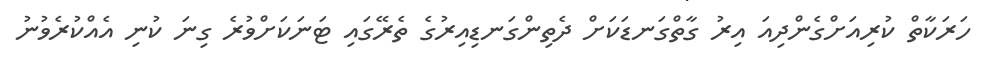
ހަރަކާތް ކުރިއަށްގެންދިއަ އިރު ގާތްގަނޑަކަށް ދެތިންގަނޑިއިރުގެ ތެރޭގައި ޓަނަކަށްވުރެ ގިނަ ކުނި އެއްކުރެވުނު